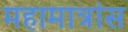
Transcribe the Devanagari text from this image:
महामात्रांस